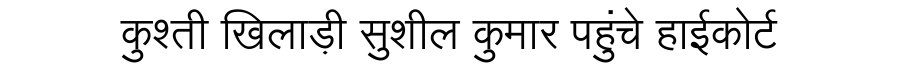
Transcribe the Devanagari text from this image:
कुश्ती खिलाड़ी सुशील कुमार पहुंचे हाईकोर्ट